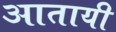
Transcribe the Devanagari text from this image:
आतायी